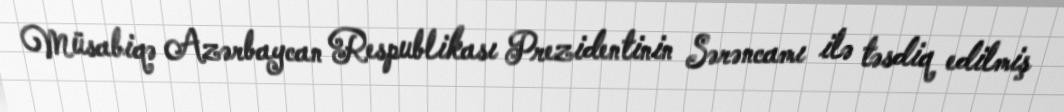
Müsabiqə Azərbaycan Respublikası Prezidentinin Sərəncamı ilə təsdiq edilmiş